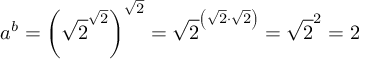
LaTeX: a ^ { b } = \left( { \sqrt { 2 } } ^ { \sqrt { 2 } } \right) ^ { \sqrt { 2 } } = { \sqrt { 2 } } ^ { \left( { \sqrt { 2 } } \cdot { \sqrt { 2 } } \right) } = { \sqrt { 2 } } ^ { 2 } = 2